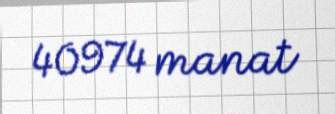
40974 manat